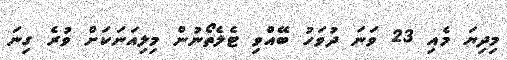
މިދިޔަ މެއި 23 ވަނަ ދުވަހު ބޭއްވި ޓެލެތޯނުން މިލިއަނަކަަށް ވުރެ ގިނަ